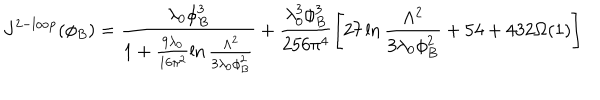
LaTeX: J ^ { \mathrm { 2 - l o o p } } ( \phi _ { B } ) = \frac { \lambda _ { 0 } \phi _ { B } ^ { 3 } } { 1 + \frac { 9 \lambda _ { 0 } } { 1 6 \pi ^ { 2 } } \ln \frac { \Lambda ^ { 2 } } { 3 \lambda _ { 0 } \phi _ { B } ^ { 2 } } } + \frac { \lambda _ { 0 } ^ { 3 } \phi _ { B } ^ { 3 } } { 2 5 6 \pi ^ { 4 } } \left[ 2 7 \ln \frac { \Lambda ^ { 2 } } { 3 \lambda _ { 0 } \phi _ { B } ^ { 2 } } + 5 4 + 4 3 2 \Omega ( 1 ) \right]